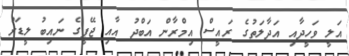
އަލީ ވަހީދާއި އަދާލަތުގެ ރައީސް އިމްރާން އަބްދު އާއި ޖޭޕީގެ ނައިބު ލީޑަރު